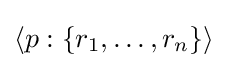
\langle p:\{r_{1},\ldots ,r_{n}\}\rangle